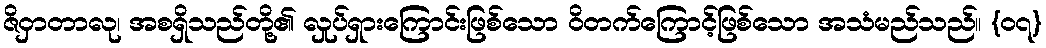
ဇိဝှာတာလု၊ အစရှိသည်တို့၏ လှုပ်ရှားကြောင်းဖြစ်သော ဝိတက်ကြောင့်ဖြစ်သော အသံမည်သည်။ {၀၇}